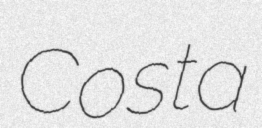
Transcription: Costa